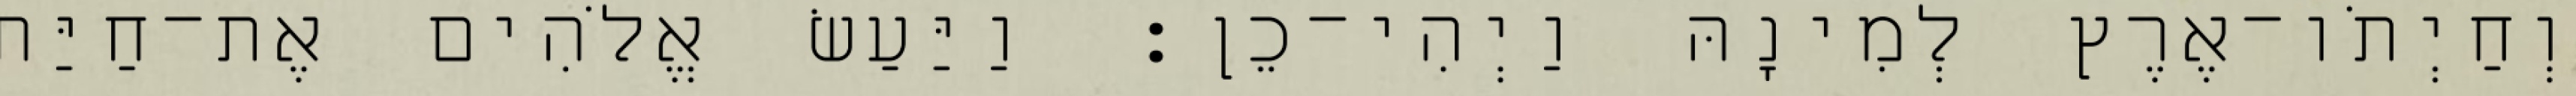
וְחַיְתֹו־אֶרֶץ לְמִינָהּ וַיְהִי־כֵן׃ וַיַּעַשׂ אֱלֹהִים אֶת־חַיַּת